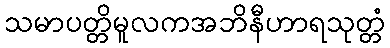
သမာပတ္တိမူလကအဘိနီဟာရသုတ္တံ